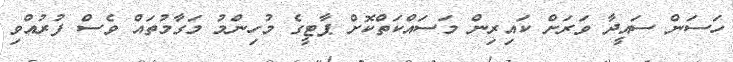
ހަސަން ސައީދާ ވަރަށް ކައިރިން މަސައްކަތްކޮށް ޕާޓީގެ މުހިންމު މަގާމުތައް ވެސް ފުރުއްވި